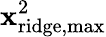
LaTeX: \textbf{x}_{\mathrm{ridge,max}}^{2}